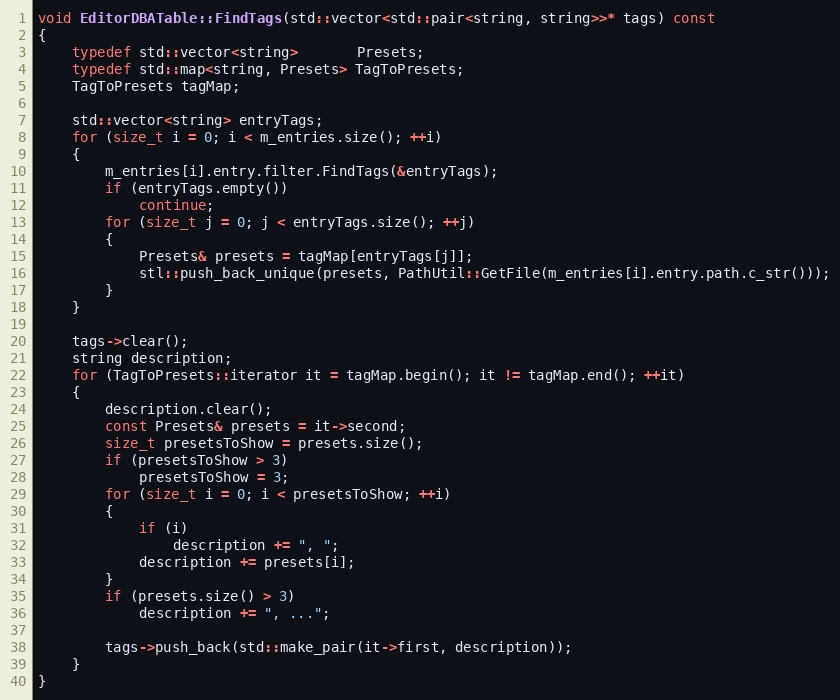
Language: C++
void EditorDBATable::FindTags(std::vector<std::pair<string, string>>* tags) const
{
	typedef std::vector<string>       Presets;
	typedef std::map<string, Presets> TagToPresets;
	TagToPresets tagMap;

	std::vector<string> entryTags;
	for (size_t i = 0; i < m_entries.size(); ++i)
	{
		m_entries[i].entry.filter.FindTags(&entryTags);
		if (entryTags.empty())
			continue;
		for (size_t j = 0; j < entryTags.size(); ++j)
		{
			Presets& presets = tagMap[entryTags[j]];
			stl::push_back_unique(presets, PathUtil::GetFile(m_entries[i].entry.path.c_str()));
		}
	}

	tags->clear();
	string description;
	for (TagToPresets::iterator it = tagMap.begin(); it != tagMap.end(); ++it)
	{
		description.clear();
		const Presets& presets = it->second;
		size_t presetsToShow = presets.size();
		if (presetsToShow > 3)
			presetsToShow = 3;
		for (size_t i = 0; i < presetsToShow; ++i)
		{
			if (i)
				description += ", ";
			description += presets[i];
		}
		if (presets.size() > 3)
			description += ", ...";

		tags->push_back(std::make_pair(it->first, description));
	}
}